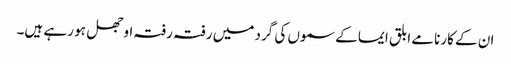
ان کے کارنامے ابلق ایما کے سموں کی گرد میں رفتہ رفتہ اوجھل ہو رہے ہیں۔